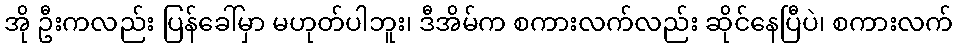
အို ဦးကလည်း ပြန်ခေါ်မှာ မဟုတ်ပါဘူး၊ ဒီအိမ်က စကားလက်လည်း ဆိုင်နေပြီပဲ၊ စကားလက်